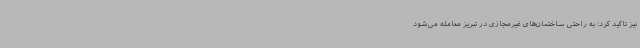
نیز تاکید کرد: به راحتی ساختمان‌های غیرمجازی در تبریز معامله می‌شود